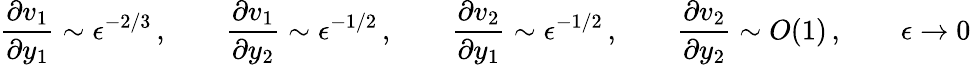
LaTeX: \frac{\partial v_{1}}{\partial y_{1}}\sim\epsilon^{-2/3}\, ,\qquad\frac{\partial v_{1}}{\partial y_{2}}\sim\epsilon^{-1/2}\, ,\qquad\frac{\partial v_{2}}{\partial y_{1}}\sim\epsilon^{-1/2}\, ,\qquad\frac{\partial v_{2}}{\partial y_{2}}\sim O(1)\, ,\qquad\epsilon\to 0